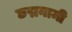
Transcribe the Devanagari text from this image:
छद्मनामी